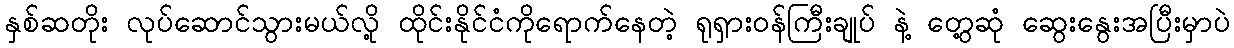
နှစ်ဆတိုး လုပ်ဆောင်သွားမယ်လို့ ထိုင်းနိုင်ငံကိုရောက်နေတဲ့ ရုရှားဝန်ကြီးချုပ် နဲ့ တွေ့ဆုံ ဆွေးနွေးအပြီးမှာပဲ